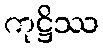
ကုဋ္ဌိဿ